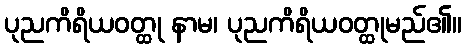
ပုညကိရိယဝတ္ထု နာမ၊ ပုညကိရိယဝတ္ထုမည်၏။